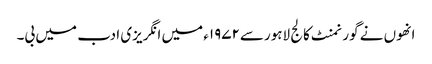
انھوں نے گورنمنٹ کالج لاہورسے۱۹۷۲ء میں انگریزی ادب میں بی۔